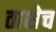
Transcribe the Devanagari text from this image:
ताशेच